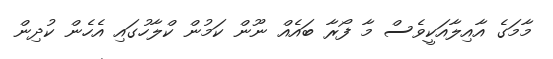
މާމަގެ އާއިލާއަކީވެސް މާ ފޯރާ ބައެއް ނޫން ކަމުން ކްލާހުގައި އެހެން ކުދިން